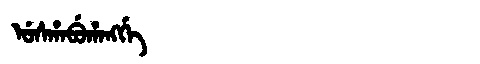
Manchu: ᡠᠰᡥᠠᠪᡠᡥᠠᠩᡤᡝ
Romanization: USHABUHANGGE